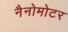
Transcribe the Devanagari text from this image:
नैनोमोटर